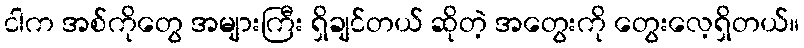
ငါက အစ်ကိုတွေ အများကြီး ရှိချင်တယ် ဆိုတဲ့ အတွေးကို တွေးလေ့ရှိတယ်။